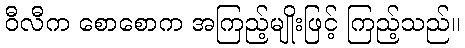
ဝီလီက စောစောက အကြည့်မျိုးဖြင့် ကြည့်သည်။